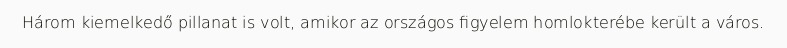
Három kiemelkedő pillanat is volt, amikor az országos figyelem homlokterébe került a város.